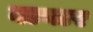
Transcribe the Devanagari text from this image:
बायार